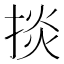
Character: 掞